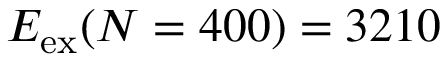
{ E _ { \mathrm { e x } } ( N = 4 0 0 ) = 3 2 1 0 }